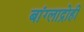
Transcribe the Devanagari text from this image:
बांग्लाद्रोही